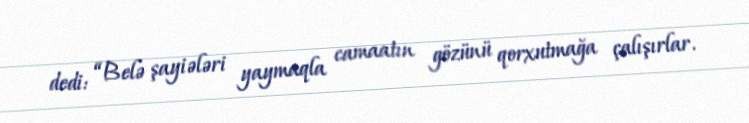
dedi: “Belə şayiələri yaymaqla camaatın gözünü qorxutmağa çalışırlar.